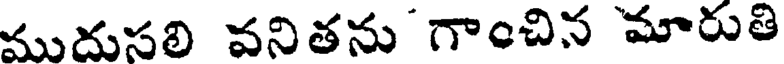
ముదుసలి వనితను గాంచిన మారుతి